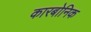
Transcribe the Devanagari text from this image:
कारबोनिक